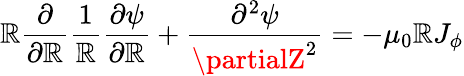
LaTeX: \mathbb{R}\frac{{\partial}}{{\partial\mathbb{R}}}\frac{{1}}{{\mathbb{R}}}\frac{{\partial\psi}}{{\partial\mathbb{R}}}+\frac{{\partial^{2}\psi}}{{\partialZ^{2}}}=-\mu_{0}\mathbb{R}J_{\phi}